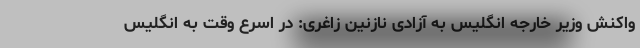
واکنش وزیر خارجه انگلیس به آزادی نازنین زاغری: در اسرع وقت به انگلیس